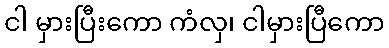
ငါ မှားပြီးကော ကံလှ၊ ငါမှားပြီကော